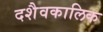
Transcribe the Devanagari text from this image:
दशैवकालिक